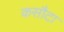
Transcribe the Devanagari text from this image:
कसौटा